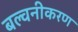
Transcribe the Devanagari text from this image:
बल्वनीकरण